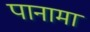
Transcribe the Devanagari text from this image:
पानामा